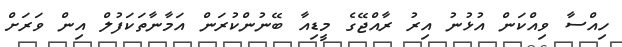
ހިއްސާ ވިއްކަން އުޅުނު އިރު ރާއްޖޭގެ މީޑިއާ ބޭނުންކުރަން އަމާނާތަކަފުލް އިން ވަރަށް